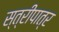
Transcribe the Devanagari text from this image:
स्त्रीपात्र